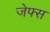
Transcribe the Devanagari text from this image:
जेफ्स